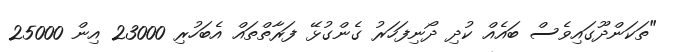
"ތަކަންދޫގައިވެސް ބައެެއް ކުދި ދޯނިފަހަރު ގެންގުޅޭ ފަރާތްތައް އެބަހުރި 23000 އިން 25000